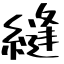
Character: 縫